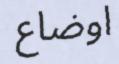
اوضاع